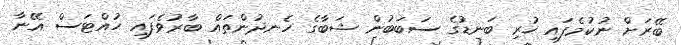
ބޭރަށް ނުކުމެފައި ހުރި ބަނޑުގެ ސަބަބުން ޝަބާގެ ހެނދުންތައް ބާރުވެފައި ހުއްޓަސް އޭނާ